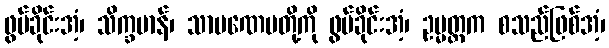
ဖွပ်ခိုင်းအံ့၊ သိက္ခမာန်၊ သာမဏေမတို့ကို ဖွပ်ခိုင်းအံ့၊ ဥမ္မတ္တက စသည်ဖြစ်အံ့၊